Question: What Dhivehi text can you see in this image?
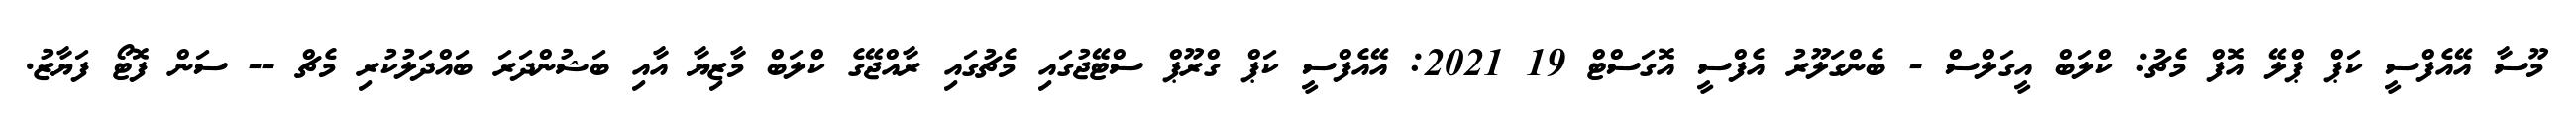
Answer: މޫސާ އޭއެފްސީ ކަޕް ޕްލޭ އޮފް މެޗު: ކްލަބް އީގަލްސް - ބެންގަލޫރު އެފްސީ އޮގަސްޓް 19 2021: އޭއެފްސީ ކަޕް ގްރޫޕް ސްޓޭޖުގައި މެޗުގައި ރާއްޖޭގެ ކްލަބް މާޒިޔާ އާއި ބަޝުންދަރަ ބައްދަލުކުރި މެޗް -- ސަން ފޮޓޯ ފަޔާޒު.